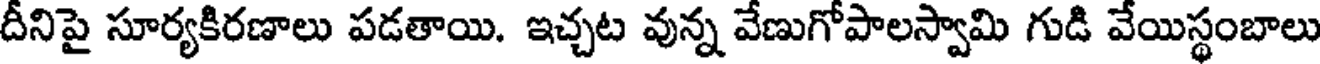
దీనిపై సూర్యకిరణాలు పడతాయి. ఇచ్చట వున్న వేణుగోపాలస్వామి గుడి వేయిస్థంబాలు